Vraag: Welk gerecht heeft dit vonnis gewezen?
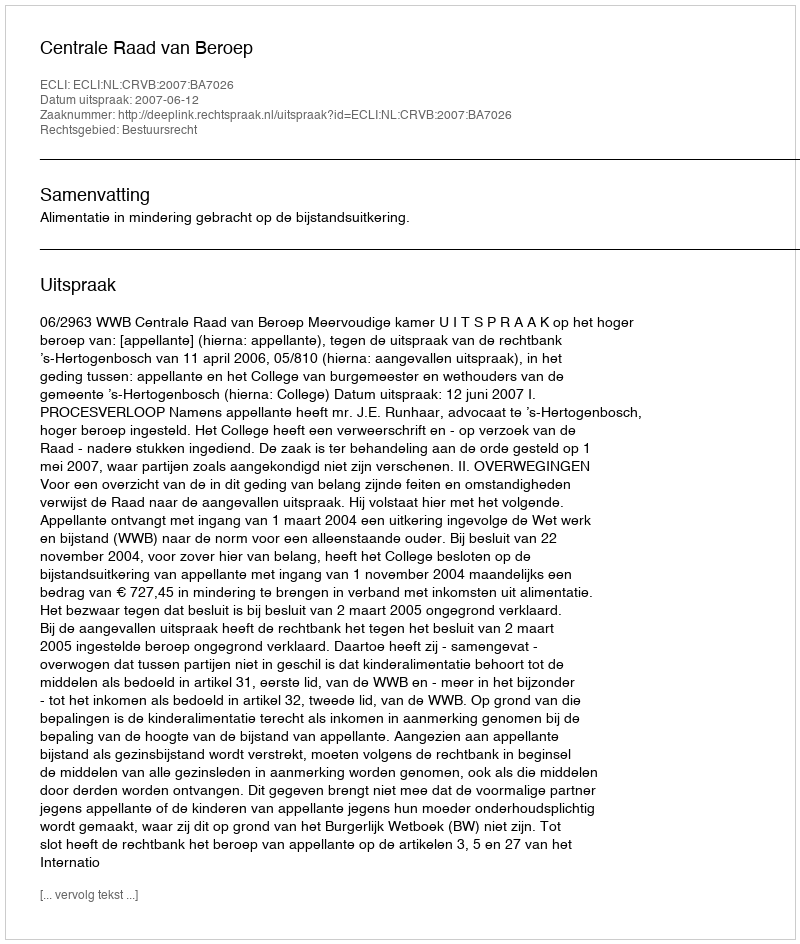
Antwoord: Centrale Raad van Beroep